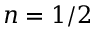
n = 1 / 2